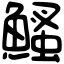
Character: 鰠